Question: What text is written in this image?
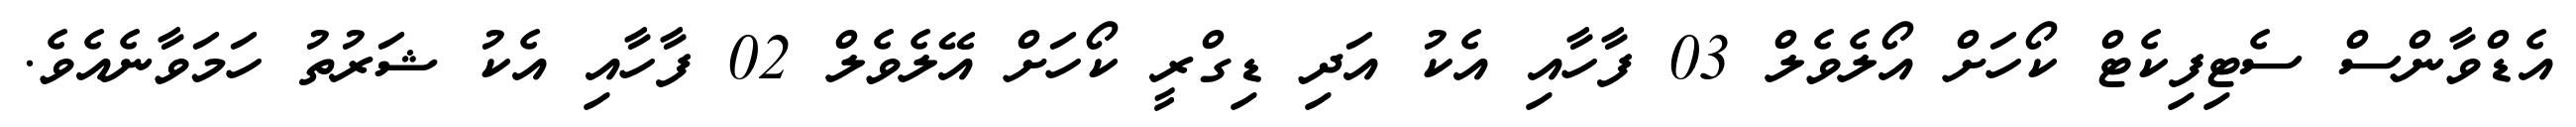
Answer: އެޑްވާންސް ސެޓިފިކެޓް ކޯހަށް އޯލެވެލް 03 ފާހާއި އެކު އަދި ޑިގްރީ ކޯހަށް އޭލެވެލް 02 ފާހާއި އެކު ޝަރުތު ހަމަވާނެއެވެ.